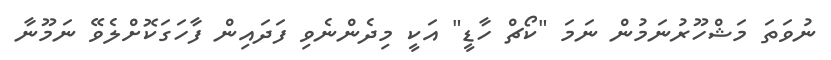
ނުވަތަ މަޝްހޫރުނަމުން ނަމަ "ކޯޗް ހާޑީ" އަކީ މިދެންނެވި ފަދައިން ފާހަގަކޮށްލެވޭ ނަމޫނާ